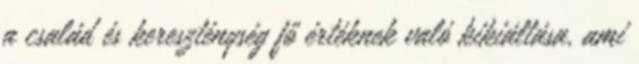
a család és kereszténység fő értéknek való kikiáltása, ami